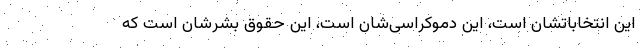
این انتخاباتشان است، این دموکراسی‌شان است، این حقوق بشرشان است که